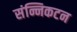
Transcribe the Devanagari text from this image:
संन्निकटन